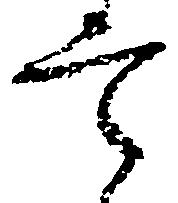
定